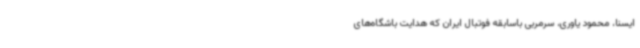
ایسنا، محمود یاوری، سرمربی باسابقه فوتبال ایران که هدایت باشگاه‌های